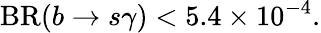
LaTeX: \mathrm{BR}(b\to s\gamma)<5.4\times 10^{-4}.